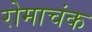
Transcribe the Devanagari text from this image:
रोमाचंक